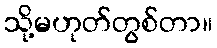
သို့မဟုတ်တွစ်တာ။